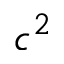
c ^ { 2 }